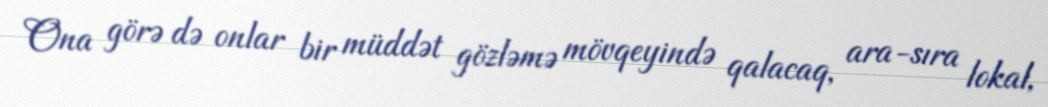
Ona görə də onlar bir müddət gözləmə mövqeyində qalacaq, ara-sıra lokal,